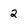
Character: 2